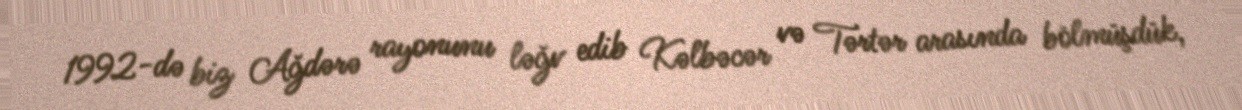
1992-də biz Ağdərə rayonunu ləğv edib Kəlbəcər və Tərtər arasında bölmüşdük,